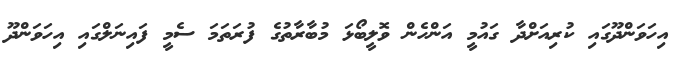
އިހަވަންދޫގައި ކުރިއަށްދާ ގައުމީ އަންހެން ވޮލީބޯޅަ މުބާރާތުގެ ފުރަތަމަ ސެމީ ފައިނަލްގައި އިހަވަންދޫ